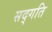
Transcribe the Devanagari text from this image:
सद्‍गति